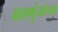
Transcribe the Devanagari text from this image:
वालगुंजांच्या